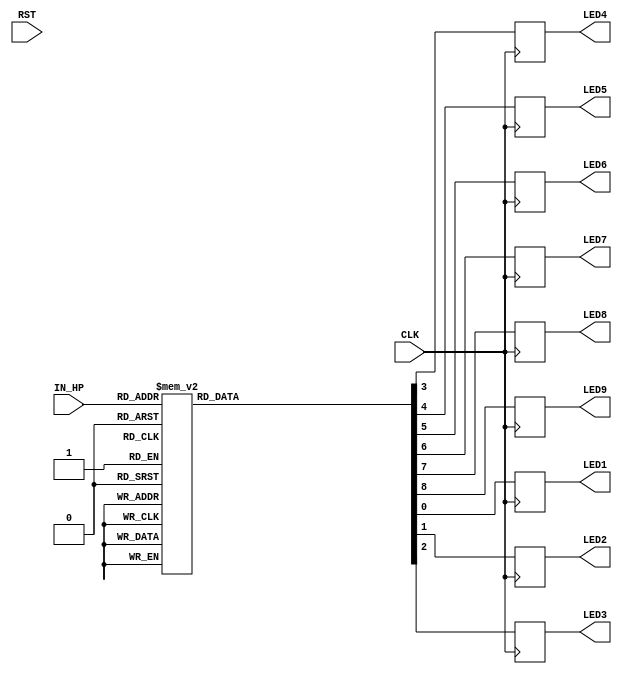
module HP_LED(
 input CLK,RST,
 input [3:0] IN_HP,
 output reg LED1,LED2,LED3,LED4,LED5,LED6,LED7,LED8,LED9
 );

 
//  initial begin
//    LED1  <=0;
//    LED2  <=0; 
//    LED3  <=0;
//    LED4  <=0;
//    LED5  <=1;
//    LED6  <=1;
//    LED7  <=1;
//    LED8  <=1;
//    LED9  <=1;
//  end
 
 
 
 always@(posedge CLK)begin
 case (IN_HP)
    4'd0:   begin
             //LED0  <= 0:
             LED1  = 0;
             //LED2  <= 0;
				 LED2 = 0;
             LED3  = 0;
             LED4  = 0;
             LED5  = 0;
             LED6  = 0;
             LED7  = 0;
             LED8  = 0;
             LED9  = 0;
             end

    4'b0001:   begin
             //LED0  <= 0;
             LED1  = 0;
             LED2  = 0;
             LED3  = 0;
             LED4  = 0;
             LED5  = 0;
             LED6  = 0;
             LED7  = 0;
             LED8  = 0;
             LED9  = 1;
            end

    4'd2:   begin
             //LED0  <=0;
             LED1  = 0;
             LED2  = 0; 
             LED3  = 0;
             LED4  = 0;
             LED5  = 0;
             LED6  = 0;
             LED7  = 0;
             LED8  = 1;
             LED9  = 1;
            end

    4'd3:   begin
             //LED0  <=0;
             LED1  = 0;
             LED2  = 0; 
             LED3  = 0;
             LED4  = 0;
             LED5  = 0;
             LED6  = 0;
             LED7  = 1;
             LED8  = 1;
             LED9  = 1;
            end

    4'd4:   begin
             //LED0  <=0;
             LED1  = 0;
             LED2  = 0; 
             LED3  = 0;
             LED4  = 0;
             LED5  = 0;
             LED6  = 1;
             LED7  = 1;
             LED8  = 1;
             LED9  = 1;
            end

    4'd5:   begin
             //LED0  <=0;
             LED1  = 0;
             LED2  = 0; 
             LED3  = 0;
             LED4  = 0;
             LED5  = 1;
             LED6  = 1;
             LED7  = 1;
             LED8  = 1;
             LED9  = 1;
            end

    4'd6:   begin
             //LED0  <=0;
             LED1  = 0;
             LED2  = 0; 
             LED3  = 0;
             LED4  = 1;
             LED5  = 1;
             LED6  = 1;
             LED7  = 1;
             LED8  = 1;
             LED9  = 1;
            end

    4'd7:   begin
             //LED0  <=0;
             LED1  = 0;
             LED2  = 0; 
             LED3  = 1;
             LED4  = 1;
             LED5  = 1;
             LED6  = 1;
             LED7  = 1;
             LED8  = 1;
             LED9  = 1;
            end

    4'd8:   begin
             //LED0  <=0;
             LED1  = 0;
             LED2  = 1; 
             LED3  = 1;
             LED4  = 1;
             LED5  = 1;
             LED6  = 1;
             LED7  = 1;
             LED8  = 1;
             LED9  = 1;
            end

    4'd9:   begin
             //LED0  <=0;
             LED1  = 1;
             LED2  = 1;
             LED3  = 1;
             LED4  = 1;
             LED5  = 1;
             LED6  = 1;
             LED7  = 1;
             LED8  = 1;
             LED9  = 1;
            end

    4'd10:  begin 
             //LED0  <=1;
             LED1  = 1;
             LED2  = 1;
             LED3  = 1;
             LED4  = 1;
             LED5  = 1;
             LED6  = 1;
             LED7  = 1;
             LED8  = 1;
             LED9  = 1;     
            end 

    default: begin
             //LED0  <=0;
             LED1  = 1;
             LED2  = 0; 
             LED3  = 1;
             LED4  = 0;
             LED5  = 1;
             LED6  = 0;
             LED7  = 1;
             LED8  = 0;
             LED9  = 1;
            end
 endcase


 end




 endmodule